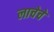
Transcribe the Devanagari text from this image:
लाचेचे